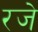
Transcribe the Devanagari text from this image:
रजे